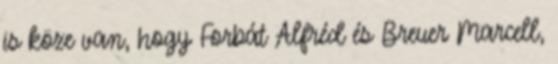
is köze van, hogy Forbát Alfréd és Breuer Marcell,